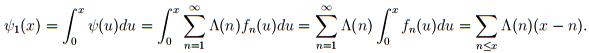
$\psi_1(x)=\int_{0}^{x} \psi(u)du=\int_{0}^{x} \sum_{n=1}^{\infty} \Lambda(n)f_n(u)du=\sum_{n=1}^{\infty} \Lambda(n) \int_{0}^{x} f_n(u)du = \sum_{n \leq x} \Lambda(n)(x - n).$